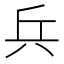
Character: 兵